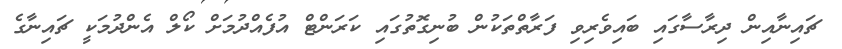
ޗައިނާއިން ދިރާސާގައި ބައިވެރިވި ފަރާތްތަކުން ބުނިގޮތުގައި ކަރަންޓް އުފެއްދުމަށް ކޯލް އެންދުމަކީ ޗައިނާގެ